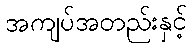
အကျပ်အတည်းနှင့်